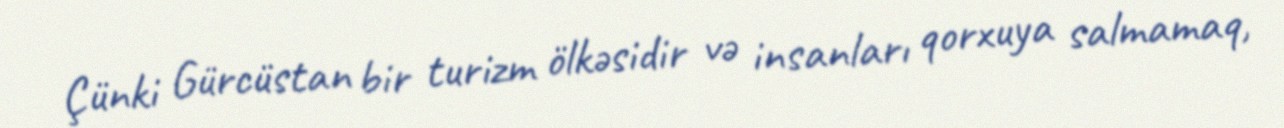
Çünki Gürcüstan bir turizm ölkəsidir və insanları qorxuya salmamaq,